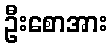
ဦးစောအား